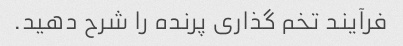
فرآیند تخم گذاری پرنده را شرح دهید.